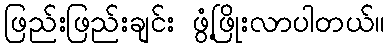
ဖြည်းဖြည်းချင်း ဖွံ့ဖြိုးလာပါတယ်။